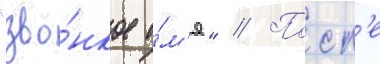
"зво́нкое и́м'я" // Посл'е